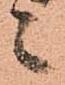
々